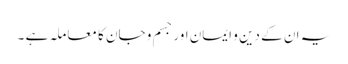
یہ ان کے دین و ایمان اور جسم و جان کا معاملہ ہے ۔